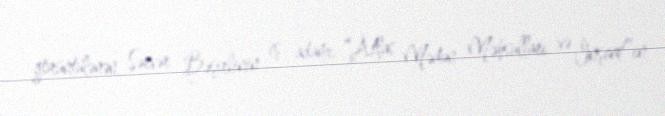
görüntülənən Sərvər Bəşirlinin iş adamı, “Atlas Mədən Məhsulları və İnşaat”ın